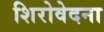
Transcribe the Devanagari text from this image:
शिरोवेदना